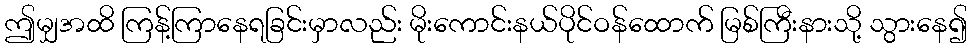
ဤမျှအထိ ကြန့်ကြာနေရခြင်းမှာလည်း မိုးကောင်းနယ်ပိုင်ဝန်ထောက် မြစ်ကြီးနားသို့ သွားနေ၍